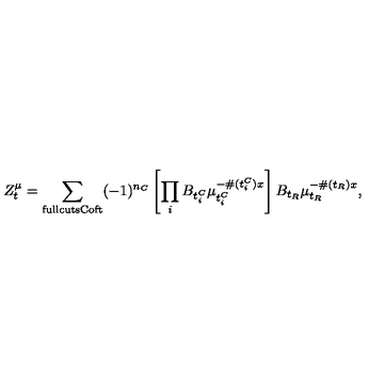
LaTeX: Z _ { t } ^ { \mu } = \sum _ { \mathrm { \tiny f u l l c u t s C o f t } } ( - 1 ) ^ { n _ { C } } \left[ \prod _ { i } B _ { t _ { i } ^ { C } } \mu _ { t _ { i } ^ { C } } ^ { - \# ( t _ { i } ^ { C } ) x } \right] B _ { t _ { R } } \mu _ { t _ { R } } ^ { - \# ( t _ { R } ) x } ,